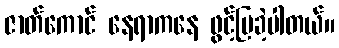
ဇာတ်ကောင် နေရာကနေ ဖွင့်ပြခဲ့ပါတယ်။